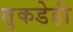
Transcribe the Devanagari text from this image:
तुकडेही